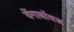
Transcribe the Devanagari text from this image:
वेंगाबॉयज